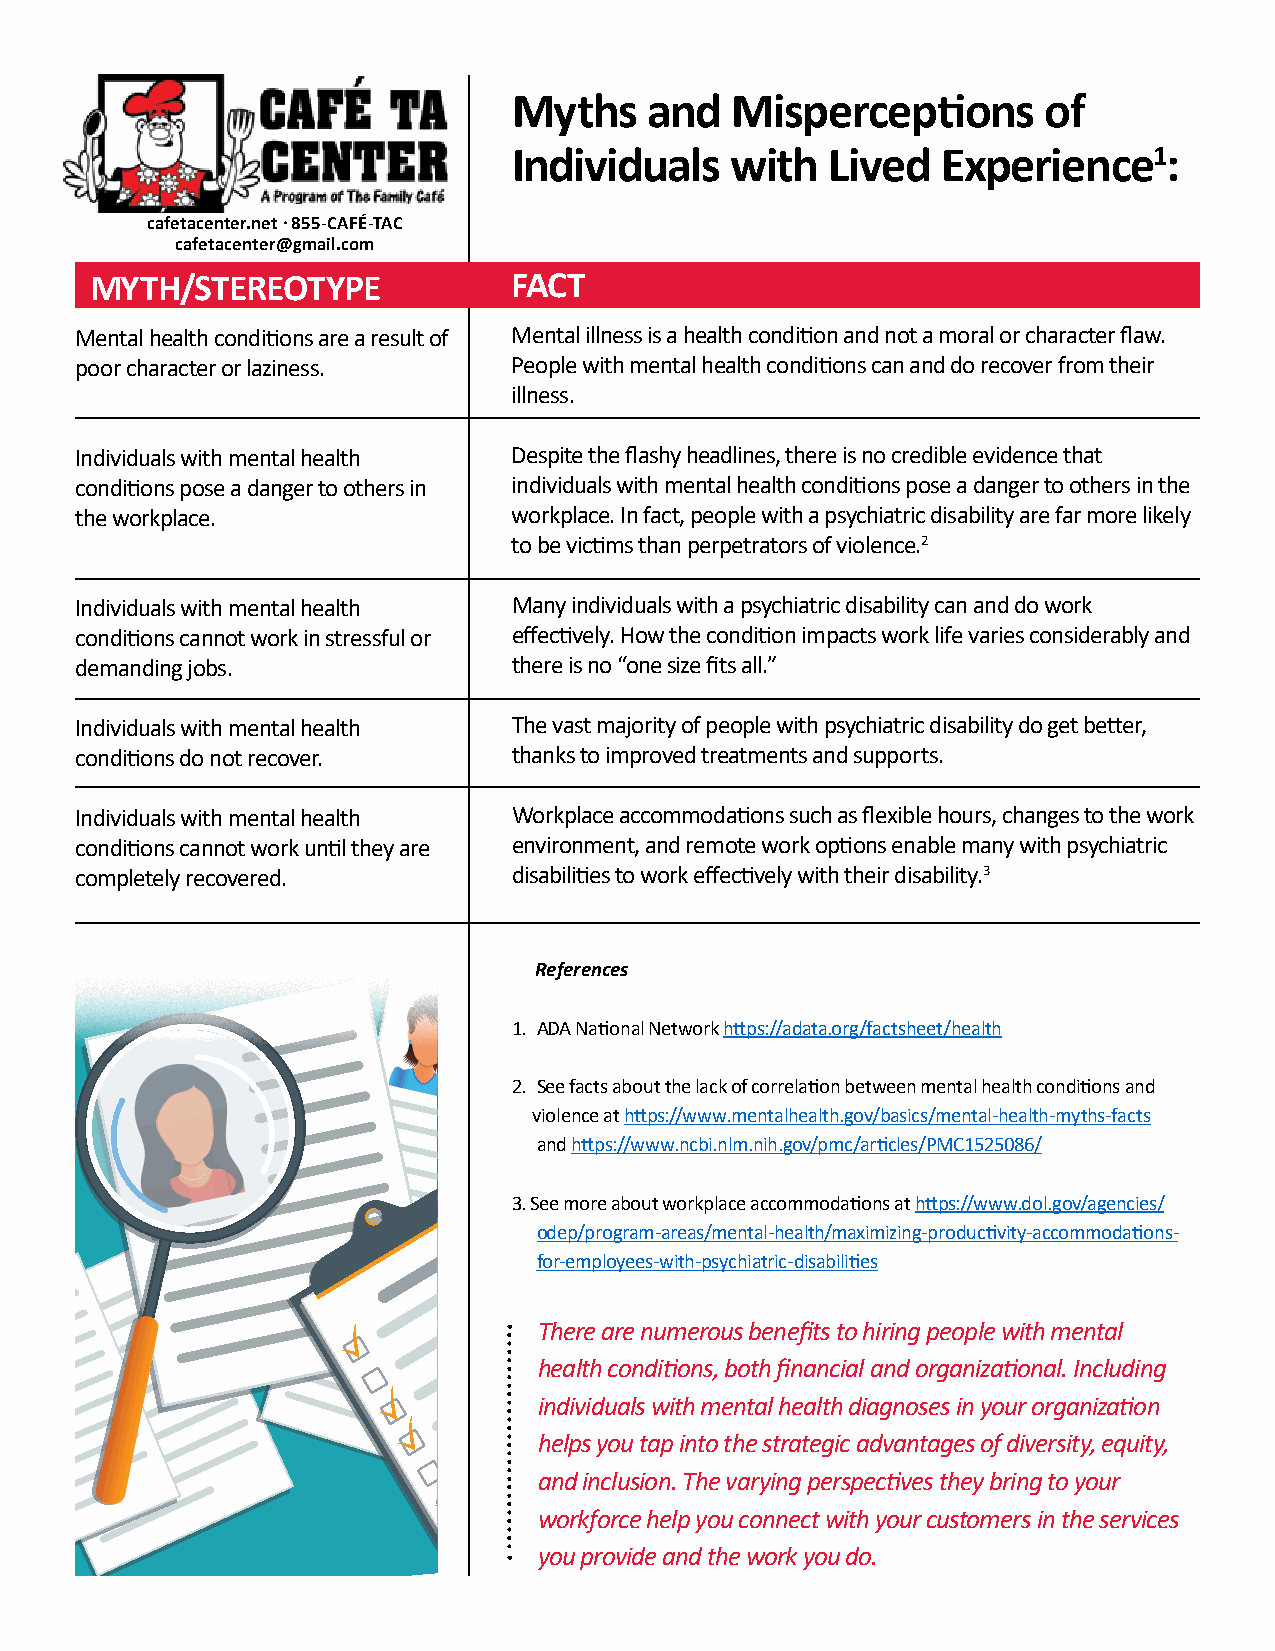
Myths    and  Misperceptions       of
 Individuals   with   Lived  Experience1:
 cafetacenter.net · 855-CAFÉ-TAC
 cafetacenter@gmail.com
 MYTH/STEREOTYPE             FACT
 Mental health conditions are a result of Mental illness is a health condition and not a moral or character flaw.
 poor character or laziness.  People with mental health conditions can and do recover from their
 illness.
 Individuals with mental health Despite the flashy headlines, there is no credible evidence that
 conditions pose a danger to others in individuals with mental health conditions pose a danger to others in the
 the workplace.               workplace. In fact, people with a psychiatric disability are far more likely
 to be victims than perpetrators of violence.2
 Individuals with mental health Many individuals with a psychiatric disability can and do work
 conditions cannot work in stressful or effectively. How the condition impacts work life varies considerably and
 demanding jobs.              there is no “one size fits all.”
 Individuals with mental health The vast majority of people with psychiatric disability do get better,
 conditions do not recover.   thanks to improved treatments and supports.
 Individuals with mental health Workplace accommodations such as flexible hours, changes to the work
 conditions cannot work until they are environment, and remote work options enable many with psychiatric
 completely recovered.        disabilities to work effectively with their disability.3
 References
 1. ADA National Network https://adata.org/factsheet/health
 2. See facts about the lack of correlation between mental health conditions and
 violence at https://www.mentalhealth.gov/basics/mental-health-myths-facts
 and https://www.ncbi.nlm.nih.gov/pmc/articles/PMC1525086/
 3. See more about workplace accommodations at https://www.dol.gov/agencies/
 odep/program-areas/mental-health/maximizing-productivity-accommodations-
 for-employees-with-psychiatric-disabilities
 There are numerous benefits to hiring people with mental
 health conditions, both financial and organizational. Including
 individuals with mental health diagnoses in your organization
 helps you tap into the strategic advantages of diversity, equity,
 and inclusion. The varying perspectives they bring to your
 workforce help you connect with your customers in the services
 you provide and the work you do.